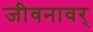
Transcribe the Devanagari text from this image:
जीवनावर्